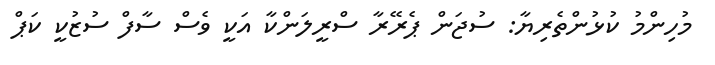
މުހިންމު ކުޅުންތެރިޔާ: ސުޖަން ޕެރޭރާ ސްރީލަންކާ އަކީ ވެސް ސާފް ސުޒުކީ ކަޕް